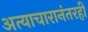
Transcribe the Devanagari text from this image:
अत्याचारानंतरही